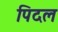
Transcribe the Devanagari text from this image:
पिदल